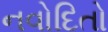
નવોદિતો